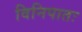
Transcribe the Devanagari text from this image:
विनिपातः